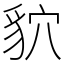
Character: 貁